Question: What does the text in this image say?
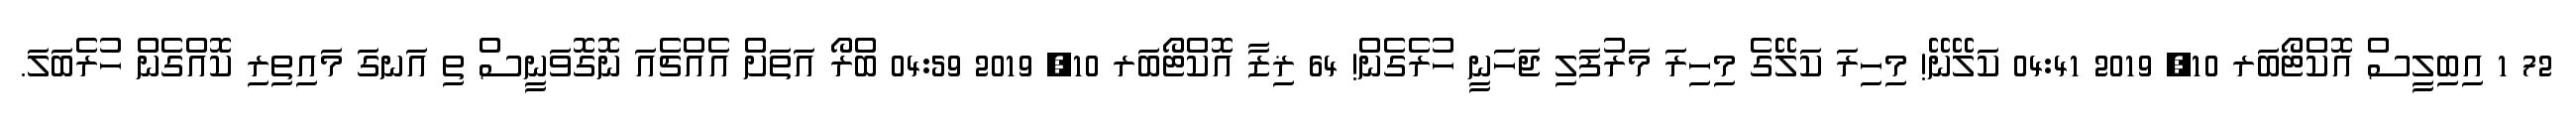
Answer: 72 1 އިބިލީސް އޮކްޓޯބަރ 10, 2019 04:41 ކަލޭނޭ! މިހިރަ ކަލޭގެ މިހިރަ މަރުފަލި ޖަހަނީ ހުރެގެން! 64 ޜިޒާ އޮކްޓޯބަރ 10, 2019 04:59 ބްރޯ އަތަށް އެއްޗެއަ ނޮގޮވަނީސް ތި އަނގަ މައިތިރި ކޮއްގެން ހުރެބަލަ.